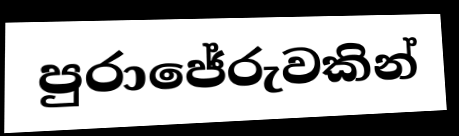
පුරාජේරුවකින්